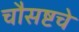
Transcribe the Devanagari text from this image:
चौसष्टचे